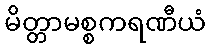
မိတ္တာမစ္စကရဏီယံ